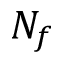
N _ { f }